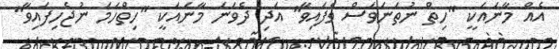
އެއް މާނައަކީ "ހިތް ނުތަނަވަސް ވެފައިވާ" އަދި ދެވަނަ މާނައަކީ "ހިތްހަމަ ނުޖެހިފައިވާ"